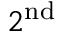
2 ^ { \mathrm { n d } }